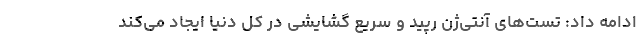
ادامه داد: تست‌های آنتی‌ژن رپید و سریع گشایشی در کل دنیا ایجاد می‌کند